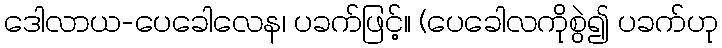
ဒေါလာယ-ပေခေါလေန၊ ပခက်ဖြင့်။ (ပေခေါလကိုစွဲ၍ ပခက်ဟု